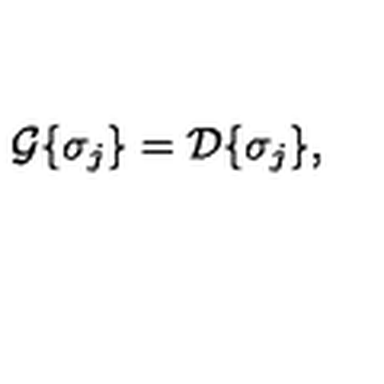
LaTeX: { \cal G } \{ \sigma _ { j } \} = { \cal D } \{ \sigma _ { j } \} ,